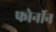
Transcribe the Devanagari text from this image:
फोनॉन